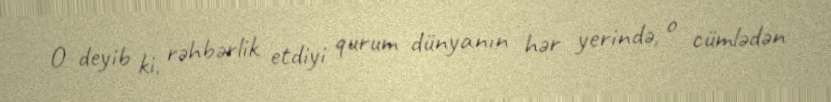
O deyib ki, rəhbərlik etdiyi qurum dünyanın hər yerində, o cümlədən